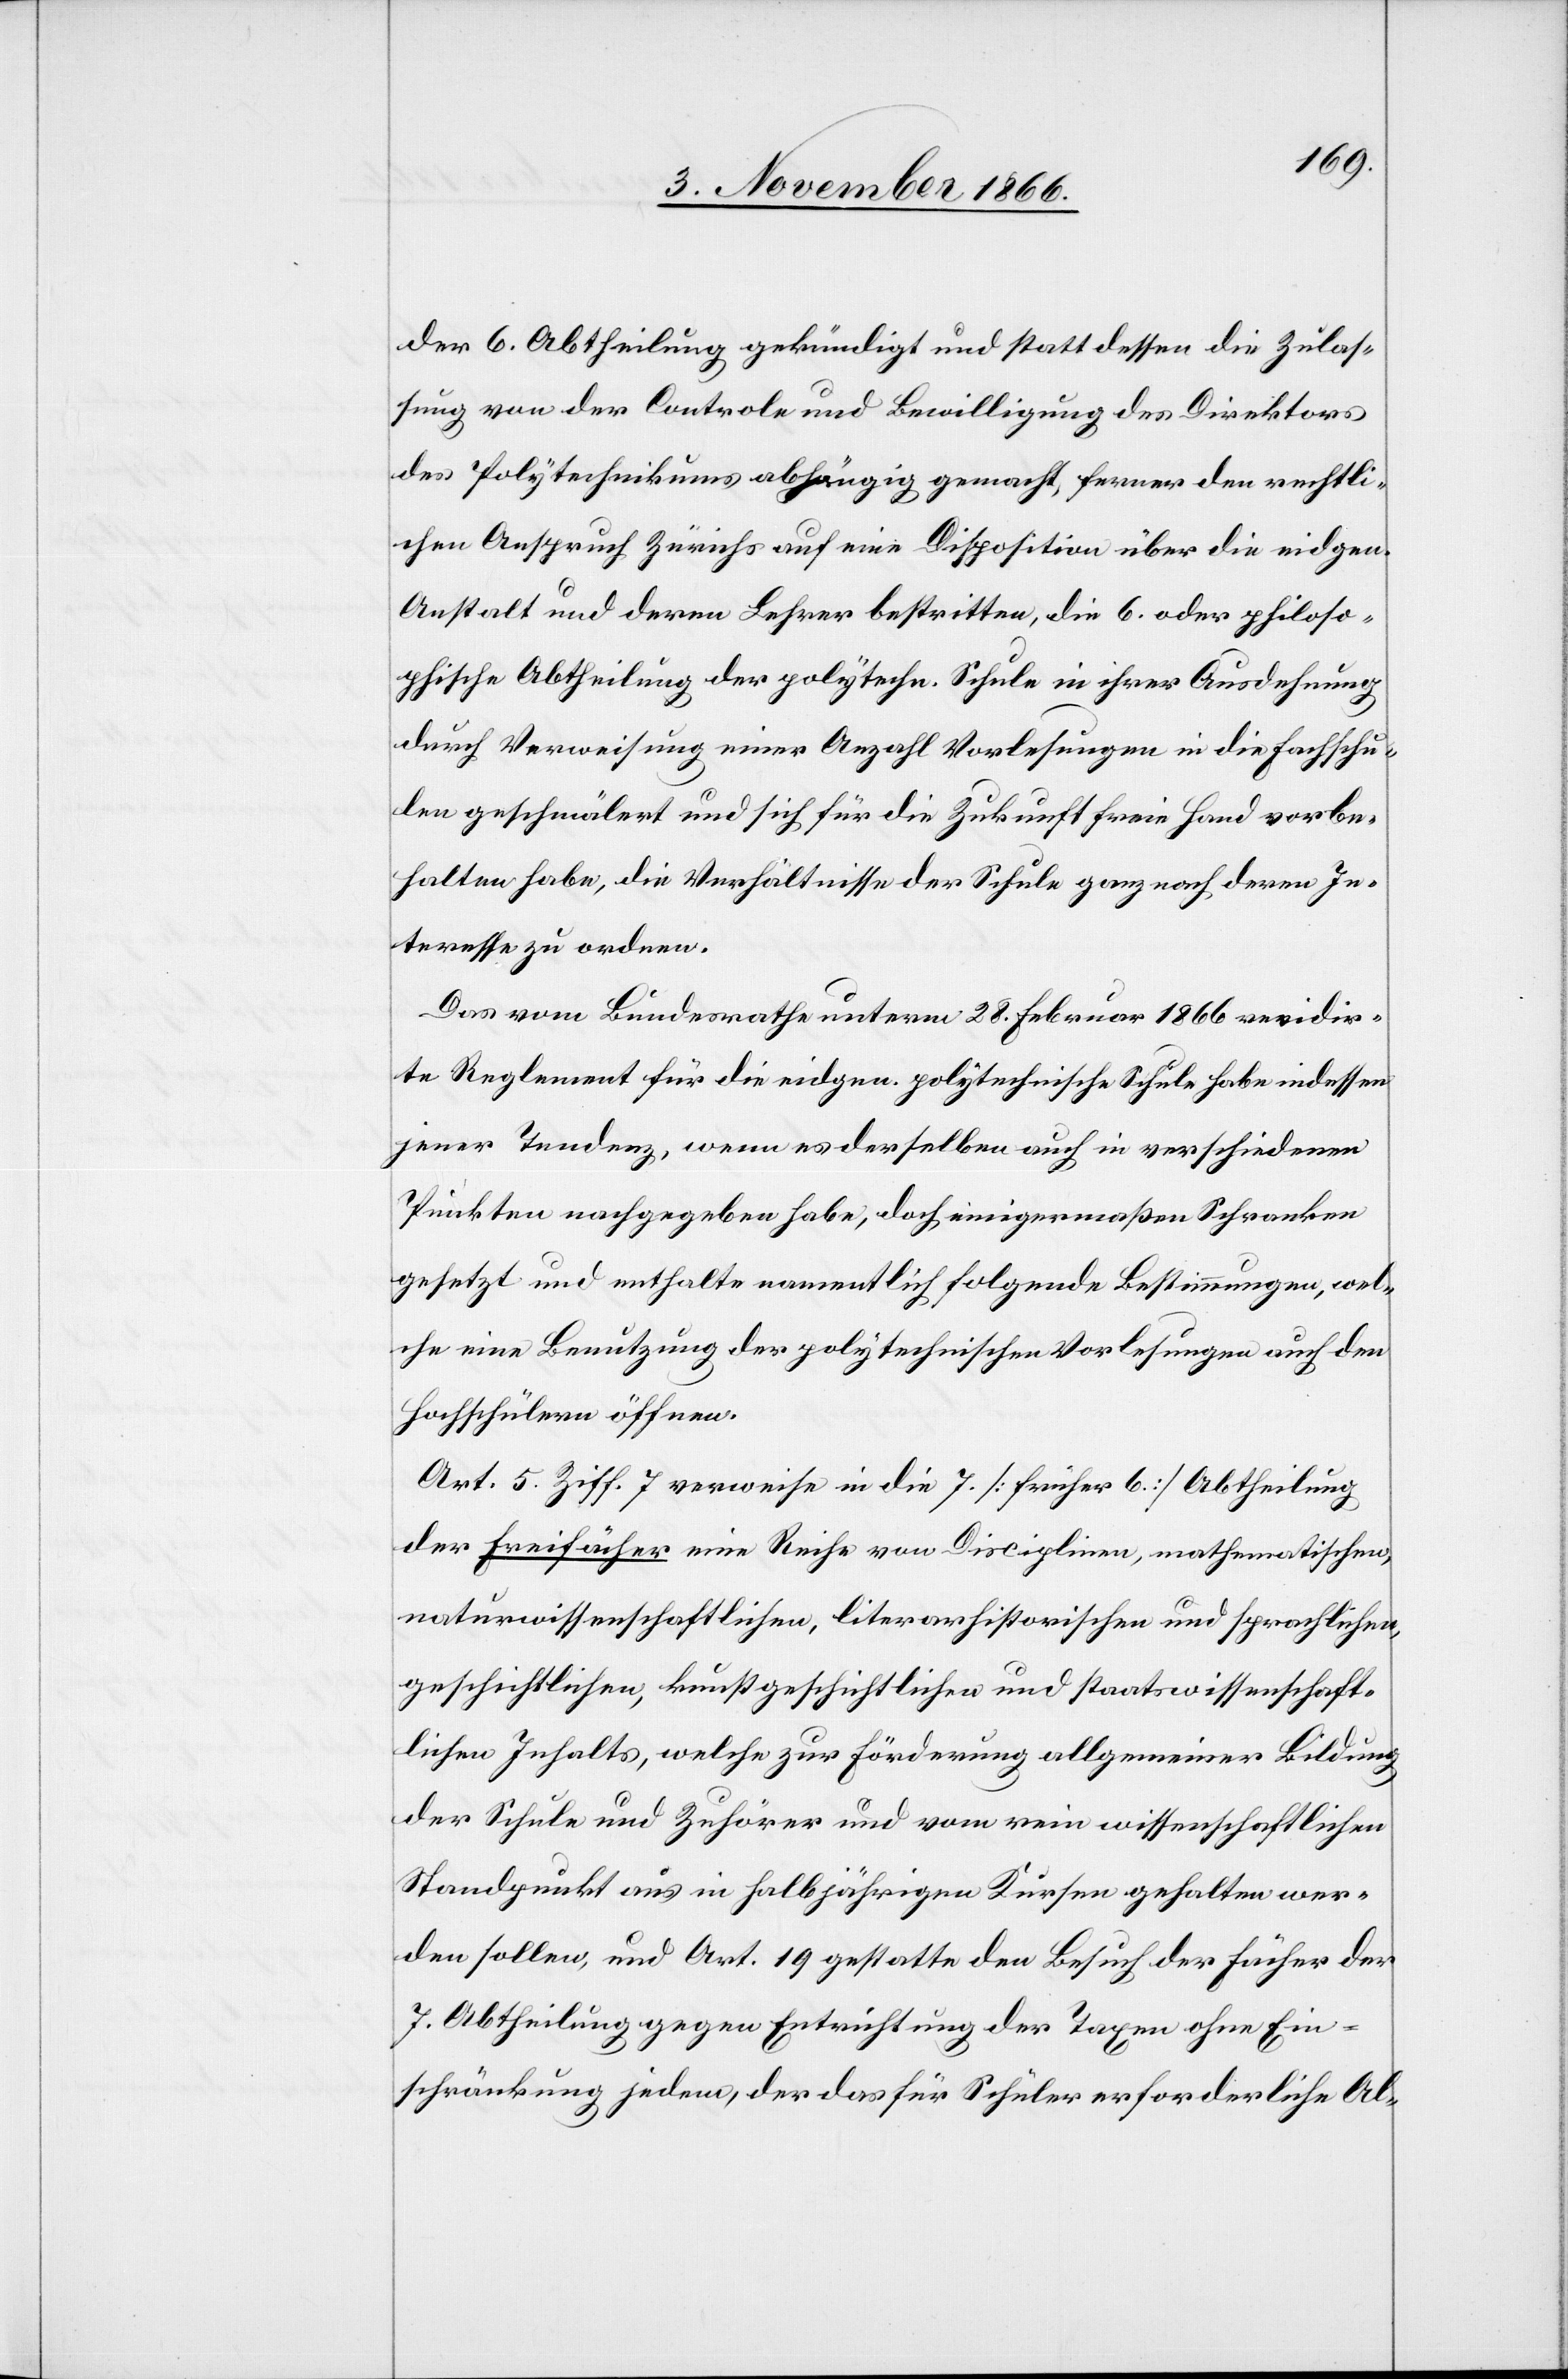
der 6. Abtheilung gekündigt und statt dessen die Zulas¬
sung von der Controle und Bewilligung des Direktors
des Polytechnikums abhängig gemacht, ferner den rechtli¬
chen Anspruch Zürichs auf eine Disposition über die eidgen.
Anstalt und deren Lehrer bestritten, die 6. oder philoso¬
phische Abtheilung der polytechn. Schule in ihrer Ausdehnung
durch Verweisung einer Anzahl Vorlesungen in die Fachschu¬
len geschmälert und sich für die Zukunft freie Hand vorbe¬
halten habe, die Verhältnisse der Schule ganz nach deren In¬
teresse zu ordnen.
Das vom Bundesrathe unterm 28. Februar 1866 revidir¬
te Reglement für die eidgen. polytechnische Schule habe indessen
jener Tendenz, wenn es derselben auch in verschiedenen
Punkten nachgegeben habe, doch einigermaßen Schranken
gesetzt und enthalte namentlich folgende Bestimmungen, wel¬
che eine Benutzung der polytechnischen Vorlesungen auch den
Hochschülern öffnen.
Art. 5 Ziff. 7 verweise in die 7. [früher 6.] Abtheilung
der Freifächer eine Reihe von Disciplinen, mathematischen,
naturwissenschaftlichen, literarhistorischen und sprachlichen,
geschichtlichen, kunstgeschichtlichen und staatswissenschaft¬
lichen Inhalts, welche zur Förderung allgemeiner Bildung
der Schule und Zuhörer und vom rein wissenschaftlichen
Standpunkt aus in halbjährigen Kursen gehalten wer¬
den sollen, und Art. 19 gestatte den Besuch der Fächer der
7. Abtheilung gegen Entrichtung der Taxen ohne Ein¬
schränkung jedem, der das für Schüler erforderliche Al-